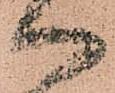
へ